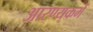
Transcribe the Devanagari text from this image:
आरण्यकमें